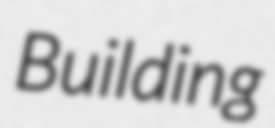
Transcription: Building